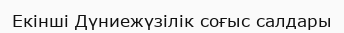
Екінші Дүниежүзілік соғыс салдары